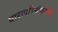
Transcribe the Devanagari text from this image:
धारापरिसंचरणों